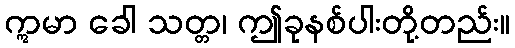
ဣမာ ခေါ သတ္တ၊ ဤခုနစ်ပါးတို့တည်း။